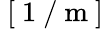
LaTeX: \mathrm{~[~1~/~m~]~}